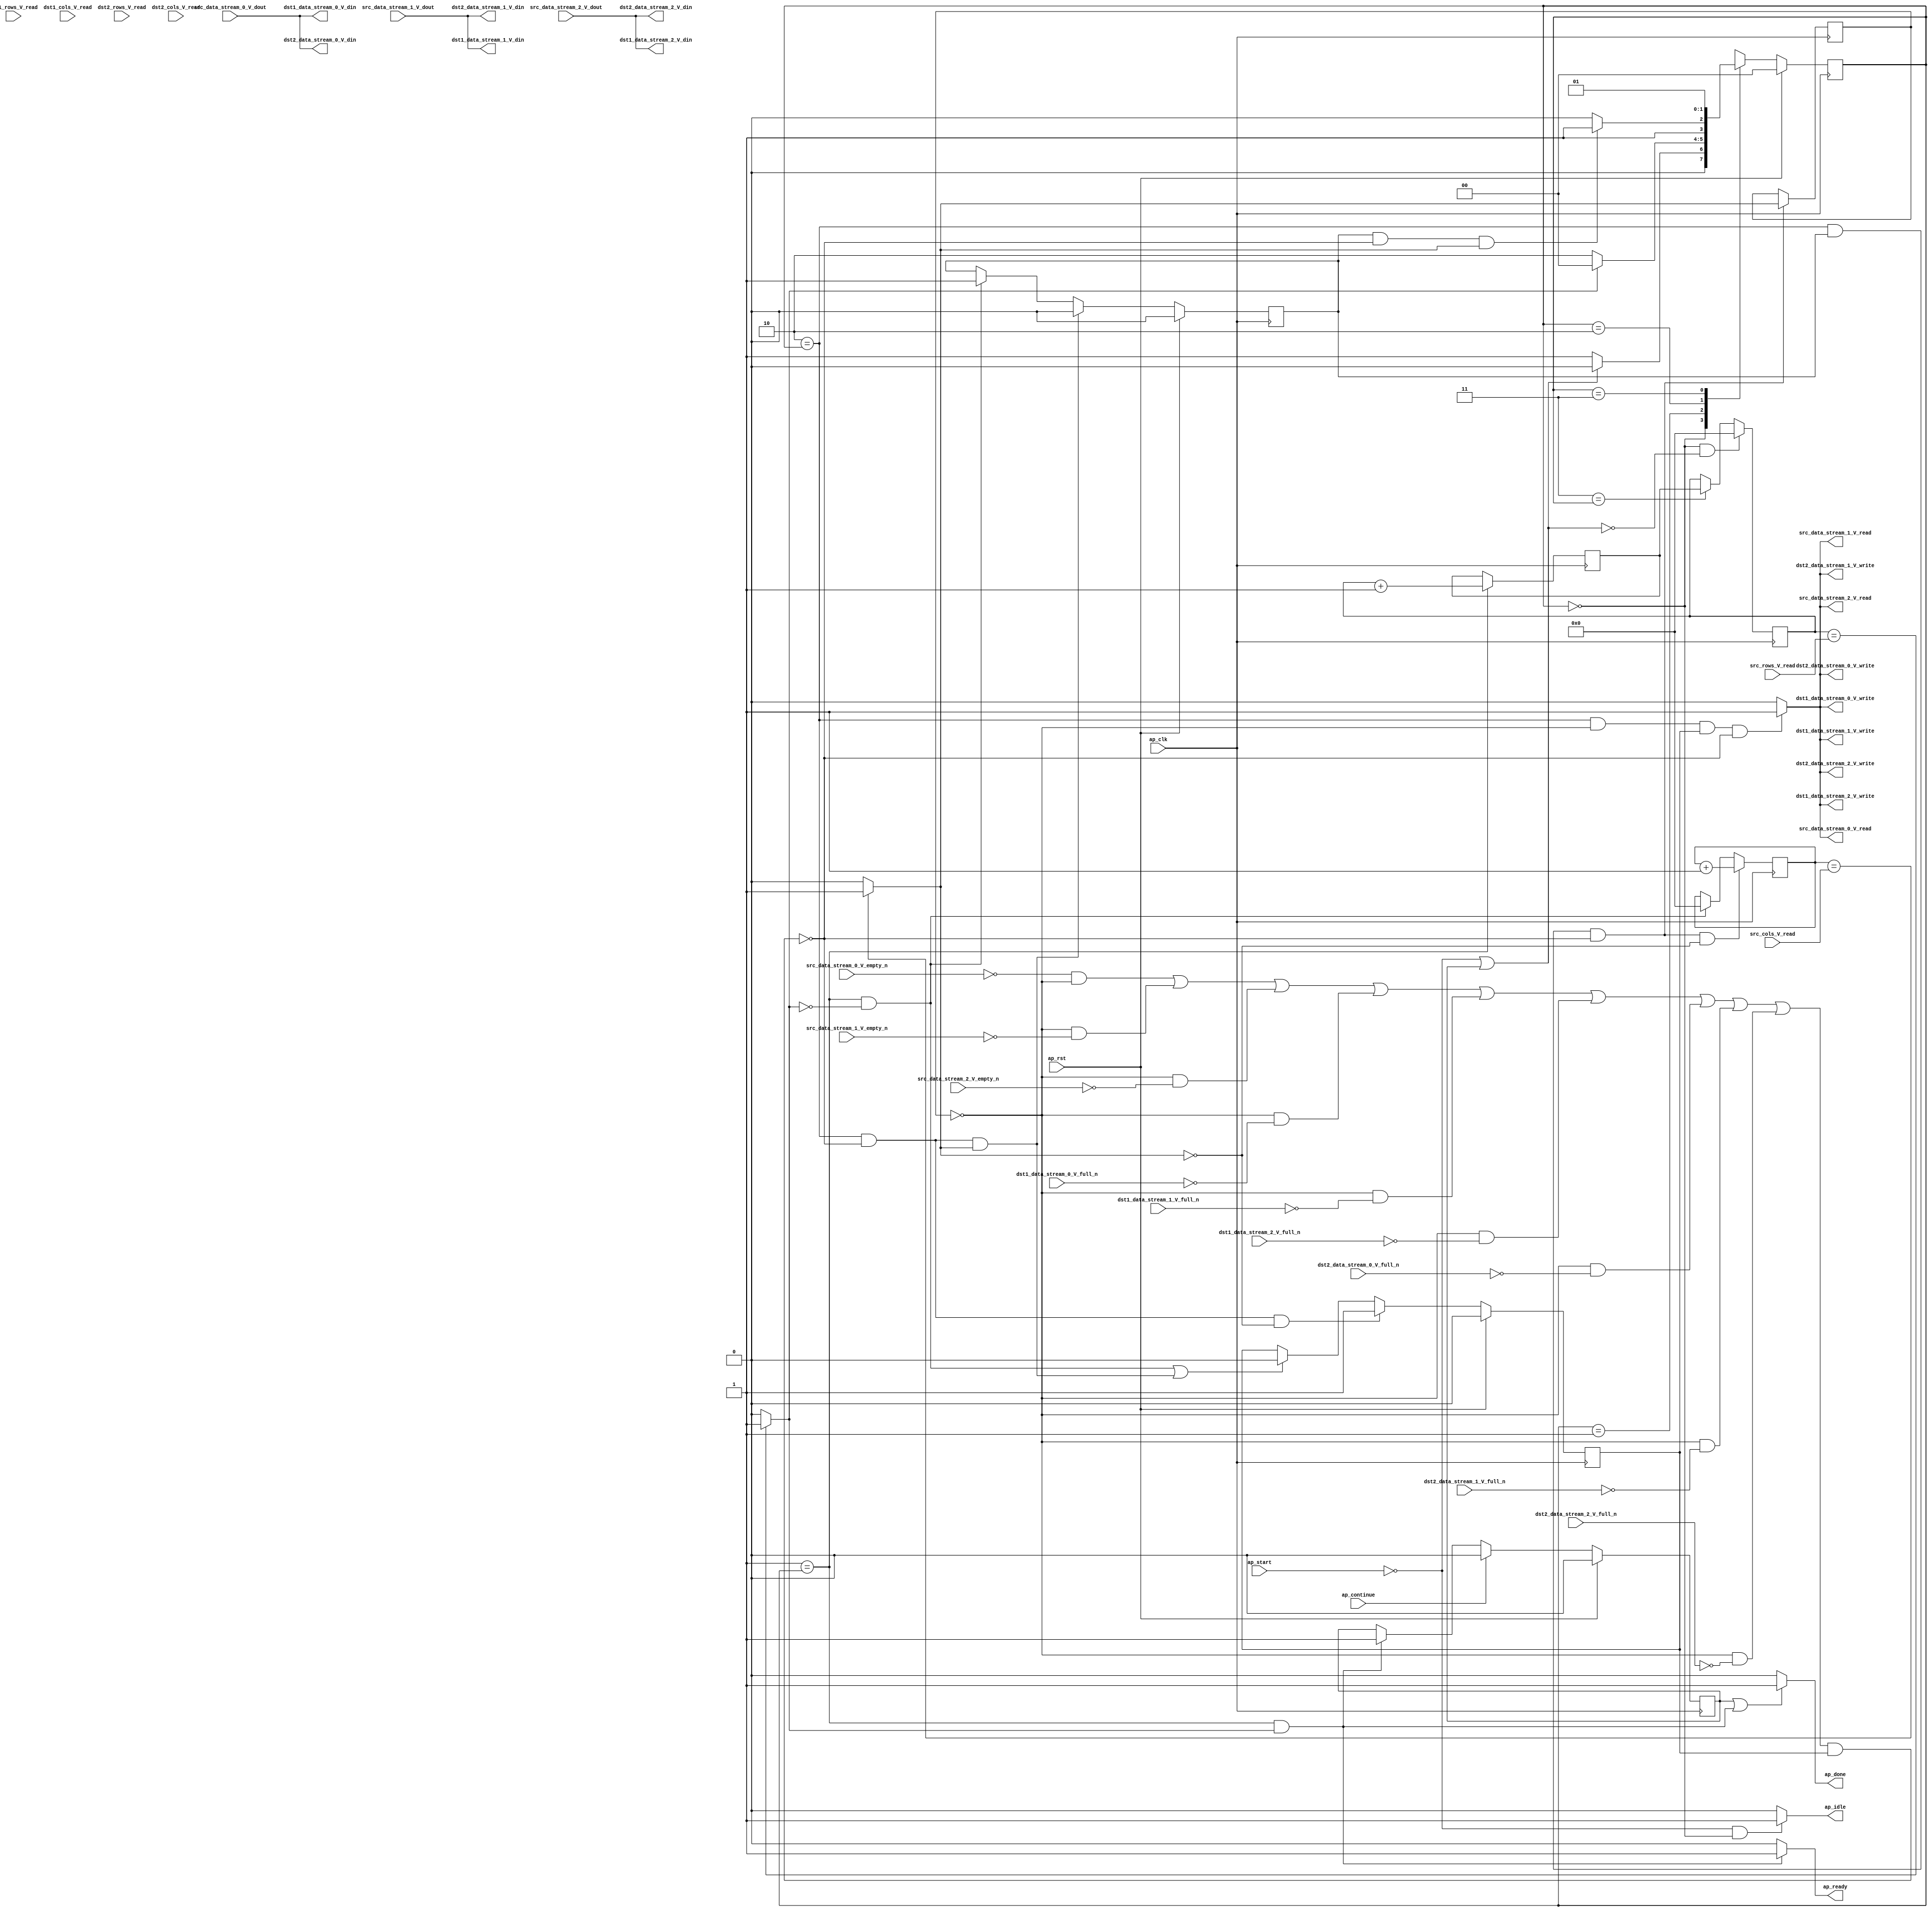
// ==============================================================
// RTL generated by Vivado(TM) HLS - High-Level Synthesis from C, C++ and SystemC
// Version: 2013.2
// Copyright (C) 2013 Xilinx Inc. All rights reserved.
// 
// ===========================================================

`timescale 1 ns / 1 ps 

module Duplicate_1080_1920_16_16_s (
        ap_clk,
        ap_rst,
        ap_start,
        ap_done,
        ap_continue,
        ap_idle,
        ap_ready,
        src_rows_V_read,
        src_cols_V_read,
        src_data_stream_0_V_dout,
        src_data_stream_0_V_empty_n,
        src_data_stream_0_V_read,
        src_data_stream_1_V_dout,
        src_data_stream_1_V_empty_n,
        src_data_stream_1_V_read,
        src_data_stream_2_V_dout,
        src_data_stream_2_V_empty_n,
        src_data_stream_2_V_read,
        dst1_rows_V_read,
        dst1_cols_V_read,
        dst1_data_stream_0_V_din,
        dst1_data_stream_0_V_full_n,
        dst1_data_stream_0_V_write,
        dst1_data_stream_1_V_din,
        dst1_data_stream_1_V_full_n,
        dst1_data_stream_1_V_write,
        dst1_data_stream_2_V_din,
        dst1_data_stream_2_V_full_n,
        dst1_data_stream_2_V_write,
        dst2_rows_V_read,
        dst2_cols_V_read,
        dst2_data_stream_0_V_din,
        dst2_data_stream_0_V_full_n,
        dst2_data_stream_0_V_write,
        dst2_data_stream_1_V_din,
        dst2_data_stream_1_V_full_n,
        dst2_data_stream_1_V_write,
        dst2_data_stream_2_V_din,
        dst2_data_stream_2_V_full_n,
        dst2_data_stream_2_V_write
);

input   ap_clk;
input   ap_rst;
input   ap_start;
output   ap_done;
input   ap_continue;
output   ap_idle;
output   ap_ready;
input  [11:0] src_rows_V_read;
input  [11:0] src_cols_V_read;
input  [7:0] src_data_stream_0_V_dout;
input   src_data_stream_0_V_empty_n;
output   src_data_stream_0_V_read;
input  [7:0] src_data_stream_1_V_dout;
input   src_data_stream_1_V_empty_n;
output   src_data_stream_1_V_read;
input  [7:0] src_data_stream_2_V_dout;
input   src_data_stream_2_V_empty_n;
output   src_data_stream_2_V_read;
input  [11:0] dst1_rows_V_read;
input  [11:0] dst1_cols_V_read;
output  [7:0] dst1_data_stream_0_V_din;
input   dst1_data_stream_0_V_full_n;
output   dst1_data_stream_0_V_write;
output  [7:0] dst1_data_stream_1_V_din;
input   dst1_data_stream_1_V_full_n;
output   dst1_data_stream_1_V_write;
output  [7:0] dst1_data_stream_2_V_din;
input   dst1_data_stream_2_V_full_n;
output   dst1_data_stream_2_V_write;
input  [11:0] dst2_rows_V_read;
input  [11:0] dst2_cols_V_read;
output  [7:0] dst2_data_stream_0_V_din;
input   dst2_data_stream_0_V_full_n;
output   dst2_data_stream_0_V_write;
output  [7:0] dst2_data_stream_1_V_din;
input   dst2_data_stream_1_V_full_n;
output   dst2_data_stream_1_V_write;
output  [7:0] dst2_data_stream_2_V_din;
input   dst2_data_stream_2_V_full_n;
output   dst2_data_stream_2_V_write;

reg ap_done;
reg ap_idle;
reg ap_ready;
reg src_data_stream_0_V_read;
reg src_data_stream_1_V_read;
reg src_data_stream_2_V_read;
reg dst1_data_stream_0_V_write;
reg dst1_data_stream_1_V_write;
reg dst1_data_stream_2_V_write;
reg dst2_data_stream_0_V_write;
reg dst2_data_stream_1_V_write;
reg dst2_data_stream_2_V_write;
reg    ap_done_reg = 1'b0;
reg   [1:0] ap_CS_fsm = 2'b00;
reg   [11:0] t_V_3_reg_195;
reg    ap_sig_bdd_72;
wire   [11:0] i_V_fu_212_p2;
reg   [11:0] i_V_reg_242;
wire   [0:0] exitcond_fu_218_p2;
reg   [0:0] exitcond_reg_247;
reg    ap_reg_ppiten_pp0_it0 = 1'b0;
reg    ap_sig_bdd_114;
reg    ap_reg_ppiten_pp0_it1 = 1'b0;
wire   [11:0] j_V_fu_223_p2;
wire   [0:0] exitcond6_fu_207_p2;
reg   [11:0] t_V_reg_184;
reg   [1:0] ap_NS_fsm;
parameter    ap_const_logic_1 = 1'b1;
parameter    ap_const_logic_0 = 1'b0;
parameter    ap_ST_st1_fsm_0 = 2'b00;
parameter    ap_ST_st2_fsm_1 = 2'b1;
parameter    ap_ST_pp0_stg0_fsm_2 = 2'b10;
parameter    ap_ST_st5_fsm_3 = 2'b11;
parameter    ap_const_lv1_0 = 1'b0;
parameter    ap_const_lv12_0 = 12'b000000000000;
parameter    ap_const_lv12_1 = 12'b1;
parameter    ap_true = 1'b1;




/// the current state (ap_CS_fsm) of the state machine. ///
always @ (posedge ap_clk)
begin : ap_ret_ap_CS_fsm
    if (ap_rst == 1'b1) begin
        ap_CS_fsm <= ap_ST_st1_fsm_0;
    end else begin
        ap_CS_fsm <= ap_NS_fsm;
    end
end

/// ap_done_reg assign process. ///
always @ (posedge ap_clk)
begin : ap_ret_ap_done_reg
    if (ap_rst == 1'b1) begin
        ap_done_reg <= ap_const_logic_0;
    end else begin
        if ((ap_const_logic_1 == ap_continue)) begin
            ap_done_reg <= ap_const_logic_0;
        end else if (((ap_ST_st2_fsm_1 == ap_CS_fsm) & ~(ap_const_lv1_0 == exitcond6_fu_207_p2))) begin
            ap_done_reg <= ap_const_logic_1;
        end
    end
end

/// ap_reg_ppiten_pp0_it0 assign process. ///
always @ (posedge ap_clk)
begin : ap_ret_ap_reg_ppiten_pp0_it0
    if (ap_rst == 1'b1) begin
        ap_reg_ppiten_pp0_it0 <= ap_const_logic_0;
    end else begin
        if (((ap_ST_pp0_stg0_fsm_2 == ap_CS_fsm) & ~(ap_sig_bdd_114 & (ap_const_logic_1 == ap_reg_ppiten_pp0_it1)) & ~(exitcond_fu_218_p2 == ap_const_lv1_0))) begin
            ap_reg_ppiten_pp0_it0 <= ap_const_logic_0;
        end else if (((ap_ST_st2_fsm_1 == ap_CS_fsm) & (ap_const_lv1_0 == exitcond6_fu_207_p2))) begin
            ap_reg_ppiten_pp0_it0 <= ap_const_logic_1;
        end
    end
end

/// ap_reg_ppiten_pp0_it1 assign process. ///
always @ (posedge ap_clk)
begin : ap_ret_ap_reg_ppiten_pp0_it1
    if (ap_rst == 1'b1) begin
        ap_reg_ppiten_pp0_it1 <= ap_const_logic_0;
    end else begin
        if (((ap_ST_pp0_stg0_fsm_2 == ap_CS_fsm) & ~(ap_sig_bdd_114 & (ap_const_logic_1 == ap_reg_ppiten_pp0_it1)) & (exitcond_fu_218_p2 == ap_const_lv1_0))) begin
            ap_reg_ppiten_pp0_it1 <= ap_const_logic_1;
        end else if ((((ap_ST_st2_fsm_1 == ap_CS_fsm) & (ap_const_lv1_0 == exitcond6_fu_207_p2)) | ((ap_ST_pp0_stg0_fsm_2 == ap_CS_fsm) & ~(ap_sig_bdd_114 & (ap_const_logic_1 == ap_reg_ppiten_pp0_it1)) & ~(exitcond_fu_218_p2 == ap_const_lv1_0)))) begin
            ap_reg_ppiten_pp0_it1 <= ap_const_logic_0;
        end
    end
end

/// assign process. ///
always @(posedge ap_clk)
begin
    if (((ap_ST_pp0_stg0_fsm_2 == ap_CS_fsm) & (ap_const_logic_1 == ap_reg_ppiten_pp0_it0) & ~(ap_sig_bdd_114 & (ap_const_logic_1 == ap_reg_ppiten_pp0_it1)) & (exitcond_fu_218_p2 == ap_const_lv1_0))) begin
        t_V_3_reg_195 <= j_V_fu_223_p2;
    end else if (((ap_ST_st2_fsm_1 == ap_CS_fsm) & (ap_const_lv1_0 == exitcond6_fu_207_p2))) begin
        t_V_3_reg_195 <= ap_const_lv12_0;
    end
end

/// assign process. ///
always @(posedge ap_clk)
begin
    if (((ap_ST_st1_fsm_0 == ap_CS_fsm) & ~ap_sig_bdd_72)) begin
        t_V_reg_184 <= ap_const_lv12_0;
    end else if ((ap_ST_st5_fsm_3 == ap_CS_fsm)) begin
        t_V_reg_184 <= i_V_reg_242;
    end
end

/// assign process. ///
always @(posedge ap_clk)
begin
    if (((ap_ST_pp0_stg0_fsm_2 == ap_CS_fsm) & (ap_const_logic_1 == ap_reg_ppiten_pp0_it0) & ~(ap_sig_bdd_114 & (ap_const_logic_1 == ap_reg_ppiten_pp0_it1)))) begin
        exitcond_reg_247 <= exitcond_fu_218_p2;
    end
end

/// assign process. ///
always @(posedge ap_clk)
begin
    if ((ap_ST_st2_fsm_1 == ap_CS_fsm)) begin
        i_V_reg_242 <= i_V_fu_212_p2;
    end
end

/// ap_done assign process. ///
always @ (ap_done_reg or ap_CS_fsm or exitcond6_fu_207_p2)
begin
    if (((ap_const_logic_1 == ap_done_reg) | ((ap_ST_st2_fsm_1 == ap_CS_fsm) & ~(ap_const_lv1_0 == exitcond6_fu_207_p2)))) begin
        ap_done = ap_const_logic_1;
    end else begin
        ap_done = ap_const_logic_0;
    end
end

/// ap_idle assign process. ///
always @ (ap_start or ap_CS_fsm)
begin
    if ((~(ap_const_logic_1 == ap_start) & (ap_ST_st1_fsm_0 == ap_CS_fsm))) begin
        ap_idle = ap_const_logic_1;
    end else begin
        ap_idle = ap_const_logic_0;
    end
end

/// ap_ready assign process. ///
always @ (ap_CS_fsm or exitcond6_fu_207_p2)
begin
    if (((ap_ST_st2_fsm_1 == ap_CS_fsm) & ~(ap_const_lv1_0 == exitcond6_fu_207_p2))) begin
        ap_ready = ap_const_logic_1;
    end else begin
        ap_ready = ap_const_logic_0;
    end
end

/// dst1_data_stream_0_V_write assign process. ///
always @ (ap_CS_fsm or exitcond_reg_247 or ap_sig_bdd_114 or ap_reg_ppiten_pp0_it1)
begin
    if (((ap_ST_pp0_stg0_fsm_2 == ap_CS_fsm) & (exitcond_reg_247 == ap_const_lv1_0) & (ap_const_logic_1 == ap_reg_ppiten_pp0_it1) & ~(ap_sig_bdd_114 & (ap_const_logic_1 == ap_reg_ppiten_pp0_it1)))) begin
        dst1_data_stream_0_V_write = ap_const_logic_1;
    end else begin
        dst1_data_stream_0_V_write = ap_const_logic_0;
    end
end

/// dst1_data_stream_1_V_write assign process. ///
always @ (ap_CS_fsm or exitcond_reg_247 or ap_sig_bdd_114 or ap_reg_ppiten_pp0_it1)
begin
    if (((ap_ST_pp0_stg0_fsm_2 == ap_CS_fsm) & (exitcond_reg_247 == ap_const_lv1_0) & (ap_const_logic_1 == ap_reg_ppiten_pp0_it1) & ~(ap_sig_bdd_114 & (ap_const_logic_1 == ap_reg_ppiten_pp0_it1)))) begin
        dst1_data_stream_1_V_write = ap_const_logic_1;
    end else begin
        dst1_data_stream_1_V_write = ap_const_logic_0;
    end
end

/// dst1_data_stream_2_V_write assign process. ///
always @ (ap_CS_fsm or exitcond_reg_247 or ap_sig_bdd_114 or ap_reg_ppiten_pp0_it1)
begin
    if (((ap_ST_pp0_stg0_fsm_2 == ap_CS_fsm) & (exitcond_reg_247 == ap_const_lv1_0) & (ap_const_logic_1 == ap_reg_ppiten_pp0_it1) & ~(ap_sig_bdd_114 & (ap_const_logic_1 == ap_reg_ppiten_pp0_it1)))) begin
        dst1_data_stream_2_V_write = ap_const_logic_1;
    end else begin
        dst1_data_stream_2_V_write = ap_const_logic_0;
    end
end

/// dst2_data_stream_0_V_write assign process. ///
always @ (ap_CS_fsm or exitcond_reg_247 or ap_sig_bdd_114 or ap_reg_ppiten_pp0_it1)
begin
    if (((ap_ST_pp0_stg0_fsm_2 == ap_CS_fsm) & (exitcond_reg_247 == ap_const_lv1_0) & (ap_const_logic_1 == ap_reg_ppiten_pp0_it1) & ~(ap_sig_bdd_114 & (ap_const_logic_1 == ap_reg_ppiten_pp0_it1)))) begin
        dst2_data_stream_0_V_write = ap_const_logic_1;
    end else begin
        dst2_data_stream_0_V_write = ap_const_logic_0;
    end
end

/// dst2_data_stream_1_V_write assign process. ///
always @ (ap_CS_fsm or exitcond_reg_247 or ap_sig_bdd_114 or ap_reg_ppiten_pp0_it1)
begin
    if (((ap_ST_pp0_stg0_fsm_2 == ap_CS_fsm) & (exitcond_reg_247 == ap_const_lv1_0) & (ap_const_logic_1 == ap_reg_ppiten_pp0_it1) & ~(ap_sig_bdd_114 & (ap_const_logic_1 == ap_reg_ppiten_pp0_it1)))) begin
        dst2_data_stream_1_V_write = ap_const_logic_1;
    end else begin
        dst2_data_stream_1_V_write = ap_const_logic_0;
    end
end

/// dst2_data_stream_2_V_write assign process. ///
always @ (ap_CS_fsm or exitcond_reg_247 or ap_sig_bdd_114 or ap_reg_ppiten_pp0_it1)
begin
    if (((ap_ST_pp0_stg0_fsm_2 == ap_CS_fsm) & (exitcond_reg_247 == ap_const_lv1_0) & (ap_const_logic_1 == ap_reg_ppiten_pp0_it1) & ~(ap_sig_bdd_114 & (ap_const_logic_1 == ap_reg_ppiten_pp0_it1)))) begin
        dst2_data_stream_2_V_write = ap_const_logic_1;
    end else begin
        dst2_data_stream_2_V_write = ap_const_logic_0;
    end
end

/// src_data_stream_0_V_read assign process. ///
always @ (ap_CS_fsm or exitcond_reg_247 or ap_sig_bdd_114 or ap_reg_ppiten_pp0_it1)
begin
    if (((ap_ST_pp0_stg0_fsm_2 == ap_CS_fsm) & (exitcond_reg_247 == ap_const_lv1_0) & (ap_const_logic_1 == ap_reg_ppiten_pp0_it1) & ~(ap_sig_bdd_114 & (ap_const_logic_1 == ap_reg_ppiten_pp0_it1)))) begin
        src_data_stream_0_V_read = ap_const_logic_1;
    end else begin
        src_data_stream_0_V_read = ap_const_logic_0;
    end
end

/// src_data_stream_1_V_read assign process. ///
always @ (ap_CS_fsm or exitcond_reg_247 or ap_sig_bdd_114 or ap_reg_ppiten_pp0_it1)
begin
    if (((ap_ST_pp0_stg0_fsm_2 == ap_CS_fsm) & (exitcond_reg_247 == ap_const_lv1_0) & (ap_const_logic_1 == ap_reg_ppiten_pp0_it1) & ~(ap_sig_bdd_114 & (ap_const_logic_1 == ap_reg_ppiten_pp0_it1)))) begin
        src_data_stream_1_V_read = ap_const_logic_1;
    end else begin
        src_data_stream_1_V_read = ap_const_logic_0;
    end
end

/// src_data_stream_2_V_read assign process. ///
always @ (ap_CS_fsm or exitcond_reg_247 or ap_sig_bdd_114 or ap_reg_ppiten_pp0_it1)
begin
    if (((ap_ST_pp0_stg0_fsm_2 == ap_CS_fsm) & (exitcond_reg_247 == ap_const_lv1_0) & (ap_const_logic_1 == ap_reg_ppiten_pp0_it1) & ~(ap_sig_bdd_114 & (ap_const_logic_1 == ap_reg_ppiten_pp0_it1)))) begin
        src_data_stream_2_V_read = ap_const_logic_1;
    end else begin
        src_data_stream_2_V_read = ap_const_logic_0;
    end
end
always @ (ap_CS_fsm or ap_sig_bdd_72 or exitcond_fu_218_p2 or ap_reg_ppiten_pp0_it0 or ap_sig_bdd_114 or ap_reg_ppiten_pp0_it1 or exitcond6_fu_207_p2)
begin
    case (ap_CS_fsm)
        ap_ST_st1_fsm_0 : 
            if (~ap_sig_bdd_72) begin
                ap_NS_fsm = ap_ST_st2_fsm_1;
            end else begin
                ap_NS_fsm = ap_ST_st1_fsm_0;
            end
        ap_ST_st2_fsm_1 : 
            if (~(ap_const_lv1_0 == exitcond6_fu_207_p2)) begin
                ap_NS_fsm = ap_ST_st1_fsm_0;
            end else begin
                ap_NS_fsm = ap_ST_pp0_stg0_fsm_2;
            end
        ap_ST_pp0_stg0_fsm_2 : 
            if (~((ap_const_logic_1 == ap_reg_ppiten_pp0_it0) & ~(ap_sig_bdd_114 & (ap_const_logic_1 == ap_reg_ppiten_pp0_it1)) & ~(exitcond_fu_218_p2 == ap_const_lv1_0))) begin
                ap_NS_fsm = ap_ST_pp0_stg0_fsm_2;
            end else if (((ap_const_logic_1 == ap_reg_ppiten_pp0_it0) & ~(ap_sig_bdd_114 & (ap_const_logic_1 == ap_reg_ppiten_pp0_it1)) & ~(exitcond_fu_218_p2 == ap_const_lv1_0))) begin
                ap_NS_fsm = ap_ST_st5_fsm_3;
            end else begin
                ap_NS_fsm = ap_ST_pp0_stg0_fsm_2;
            end
        ap_ST_st5_fsm_3 : 
            ap_NS_fsm = ap_ST_st2_fsm_1;
        default : 
            ap_NS_fsm = 'bx;
    endcase
end

/// ap_sig_bdd_114 assign process. ///
always @ (src_data_stream_0_V_empty_n or src_data_stream_1_V_empty_n or src_data_stream_2_V_empty_n or dst1_data_stream_0_V_full_n or dst1_data_stream_1_V_full_n or dst1_data_stream_2_V_full_n or dst2_data_stream_0_V_full_n or dst2_data_stream_1_V_full_n or dst2_data_stream_2_V_full_n or exitcond_reg_247)
begin
    ap_sig_bdd_114 = (((src_data_stream_0_V_empty_n == ap_const_logic_0) & (exitcond_reg_247 == ap_const_lv1_0)) | ((exitcond_reg_247 == ap_const_lv1_0) & (src_data_stream_1_V_empty_n == ap_const_logic_0)) | ((exitcond_reg_247 == ap_const_lv1_0) & (src_data_stream_2_V_empty_n == ap_const_logic_0)) | ((exitcond_reg_247 == ap_const_lv1_0) & (dst1_data_stream_0_V_full_n == ap_const_logic_0)) | ((exitcond_reg_247 == ap_const_lv1_0) & (dst1_data_stream_1_V_full_n == ap_const_logic_0)) | ((exitcond_reg_247 == ap_const_lv1_0) & (dst1_data_stream_2_V_full_n == ap_const_logic_0)) | ((exitcond_reg_247 == ap_const_lv1_0) & (dst2_data_stream_0_V_full_n == ap_const_logic_0)) | ((exitcond_reg_247 == ap_const_lv1_0) & (dst2_data_stream_1_V_full_n == ap_const_logic_0)) | ((exitcond_reg_247 == ap_const_lv1_0) & (dst2_data_stream_2_V_full_n == ap_const_logic_0)));
end

/// ap_sig_bdd_72 assign process. ///
always @ (ap_start or ap_done_reg)
begin
    ap_sig_bdd_72 = ((ap_start == ap_const_logic_0) | (ap_done_reg == ap_const_logic_1));
end
assign dst1_data_stream_0_V_din = src_data_stream_0_V_dout;
assign dst1_data_stream_1_V_din = src_data_stream_1_V_dout;
assign dst1_data_stream_2_V_din = src_data_stream_2_V_dout;
assign dst2_data_stream_0_V_din = src_data_stream_0_V_dout;
assign dst2_data_stream_1_V_din = src_data_stream_1_V_dout;
assign dst2_data_stream_2_V_din = src_data_stream_2_V_dout;
assign exitcond6_fu_207_p2 = (t_V_reg_184 == src_rows_V_read? 1'b1: 1'b0);
assign exitcond_fu_218_p2 = (t_V_3_reg_195 == src_cols_V_read? 1'b1: 1'b0);
assign i_V_fu_212_p2 = (t_V_reg_184 + ap_const_lv12_1);
assign j_V_fu_223_p2 = (t_V_3_reg_195 + ap_const_lv12_1);


endmodule //Duplicate_1080_1920_16_16_s